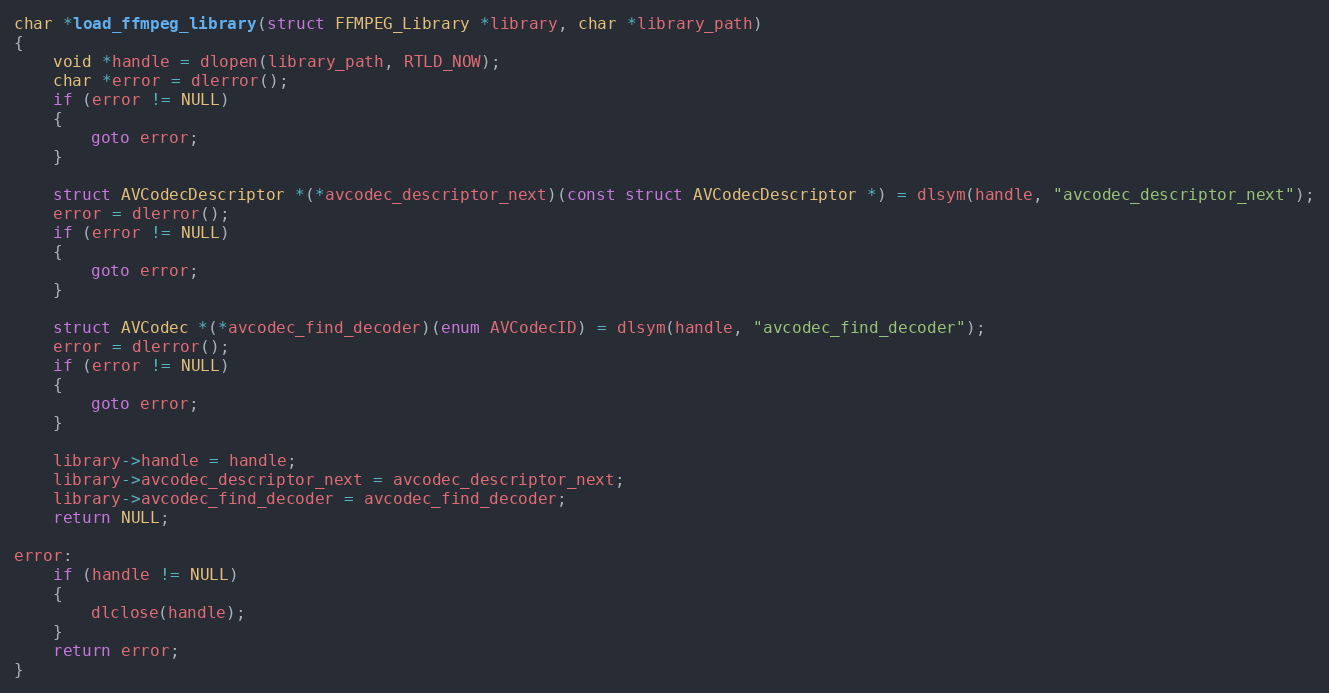
Language: C
char *load_ffmpeg_library(struct FFMPEG_Library *library, char *library_path)
{
    void *handle = dlopen(library_path, RTLD_NOW);
    char *error = dlerror();
    if (error != NULL)
    {
        goto error;
    }

    struct AVCodecDescriptor *(*avcodec_descriptor_next)(const struct AVCodecDescriptor *) = dlsym(handle, "avcodec_descriptor_next");
    error = dlerror();
    if (error != NULL)
    {
        goto error;
    }

    struct AVCodec *(*avcodec_find_decoder)(enum AVCodecID) = dlsym(handle, "avcodec_find_decoder");
    error = dlerror();
    if (error != NULL)
    {
        goto error;
    }

    library->handle = handle;
    library->avcodec_descriptor_next = avcodec_descriptor_next;
    library->avcodec_find_decoder = avcodec_find_decoder;
    return NULL;

error:
    if (handle != NULL)
    {
        dlclose(handle);
    }
    return error;
}